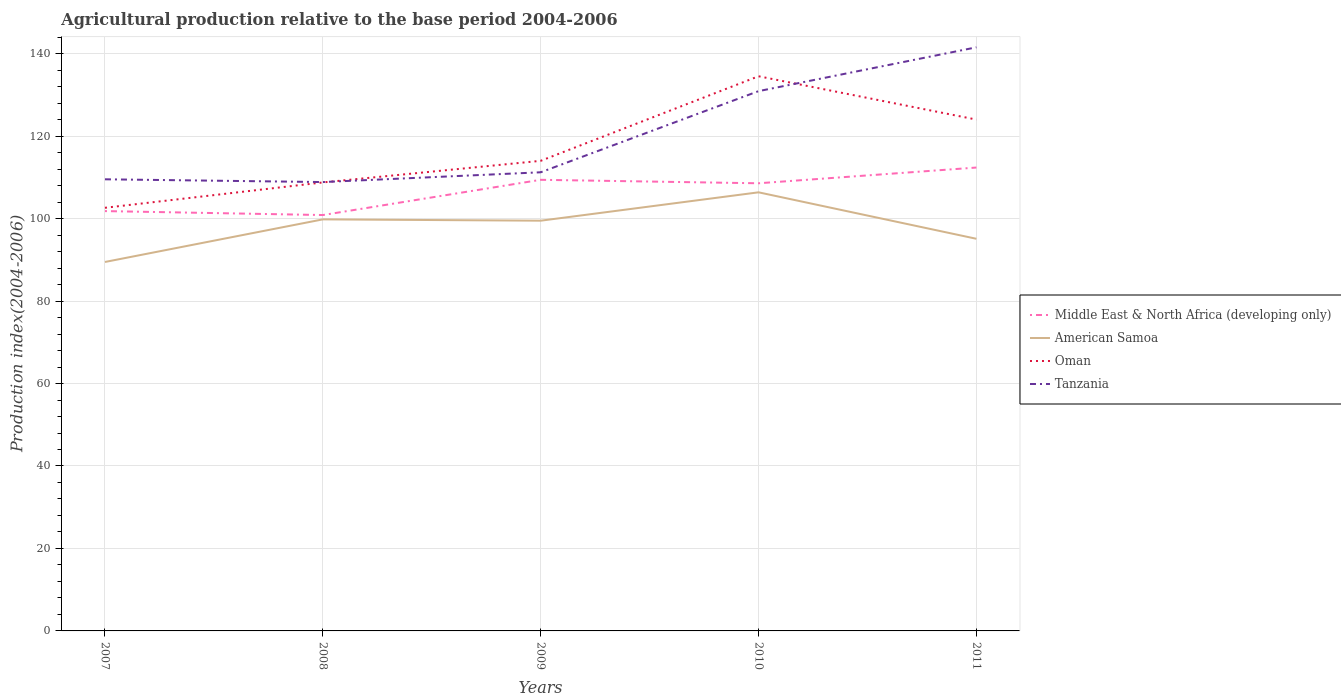
| Years | Middle East & North Africa (developing only) | American Samoa | Oman | Tanzania |
 | --- | --- | --- | --- | --- |
 | 2007 | 102 | 89.5 | 103 | 110 |
 | 2008 | 101 | 99.8 | 109 | 109 |
 | 2009 | 109 | 99.5 | 114 | 111 |
 | 2010 | 109 | 106 | 135 | 131 |
 | 2011 | 112 | 95.1 | 124 | 142 |